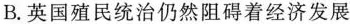
B.英国殖民统治仍然阻碍着经济发展